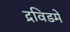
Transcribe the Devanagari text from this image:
द्रविडमे